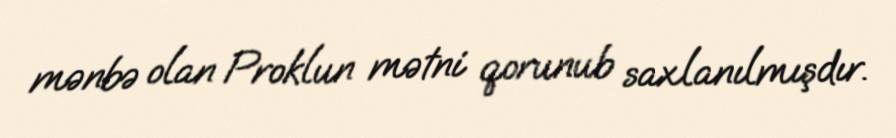
mənbə olan Proklun mətni qorunub saxlanılmışdır.